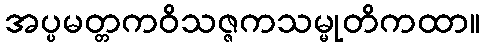
အပ္ပမတ္တကဝိသဇ္ဇကသမ္မုတိကထာ။